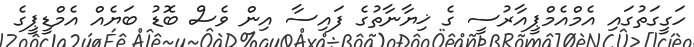
ހަގީގަތުގައި އެމްއެމްޕީއާރުސީ ގެ ޚިޔާނާތުގެ ފައިސާ އިން ވެސް ބޮޑު ބަޔެއް އެމްޑީޕީގެ